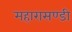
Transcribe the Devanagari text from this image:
महारासण्डी